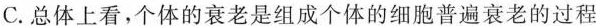
C.总体上看，个体的衰老是组成个体的细胞普遍衰老的过程